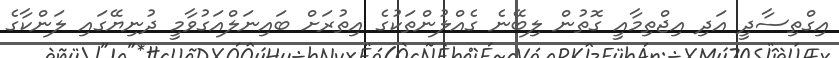
އިގްތިސާދީ އަދި އިޖްތިމާއީ ގޮތުން ލިބޭނެ ގެއްލުންތަކުގެ އިތުރަށް ބައިނަލްއަގުވާމީ ދުނިޔޭގައި ލަންކާގެ